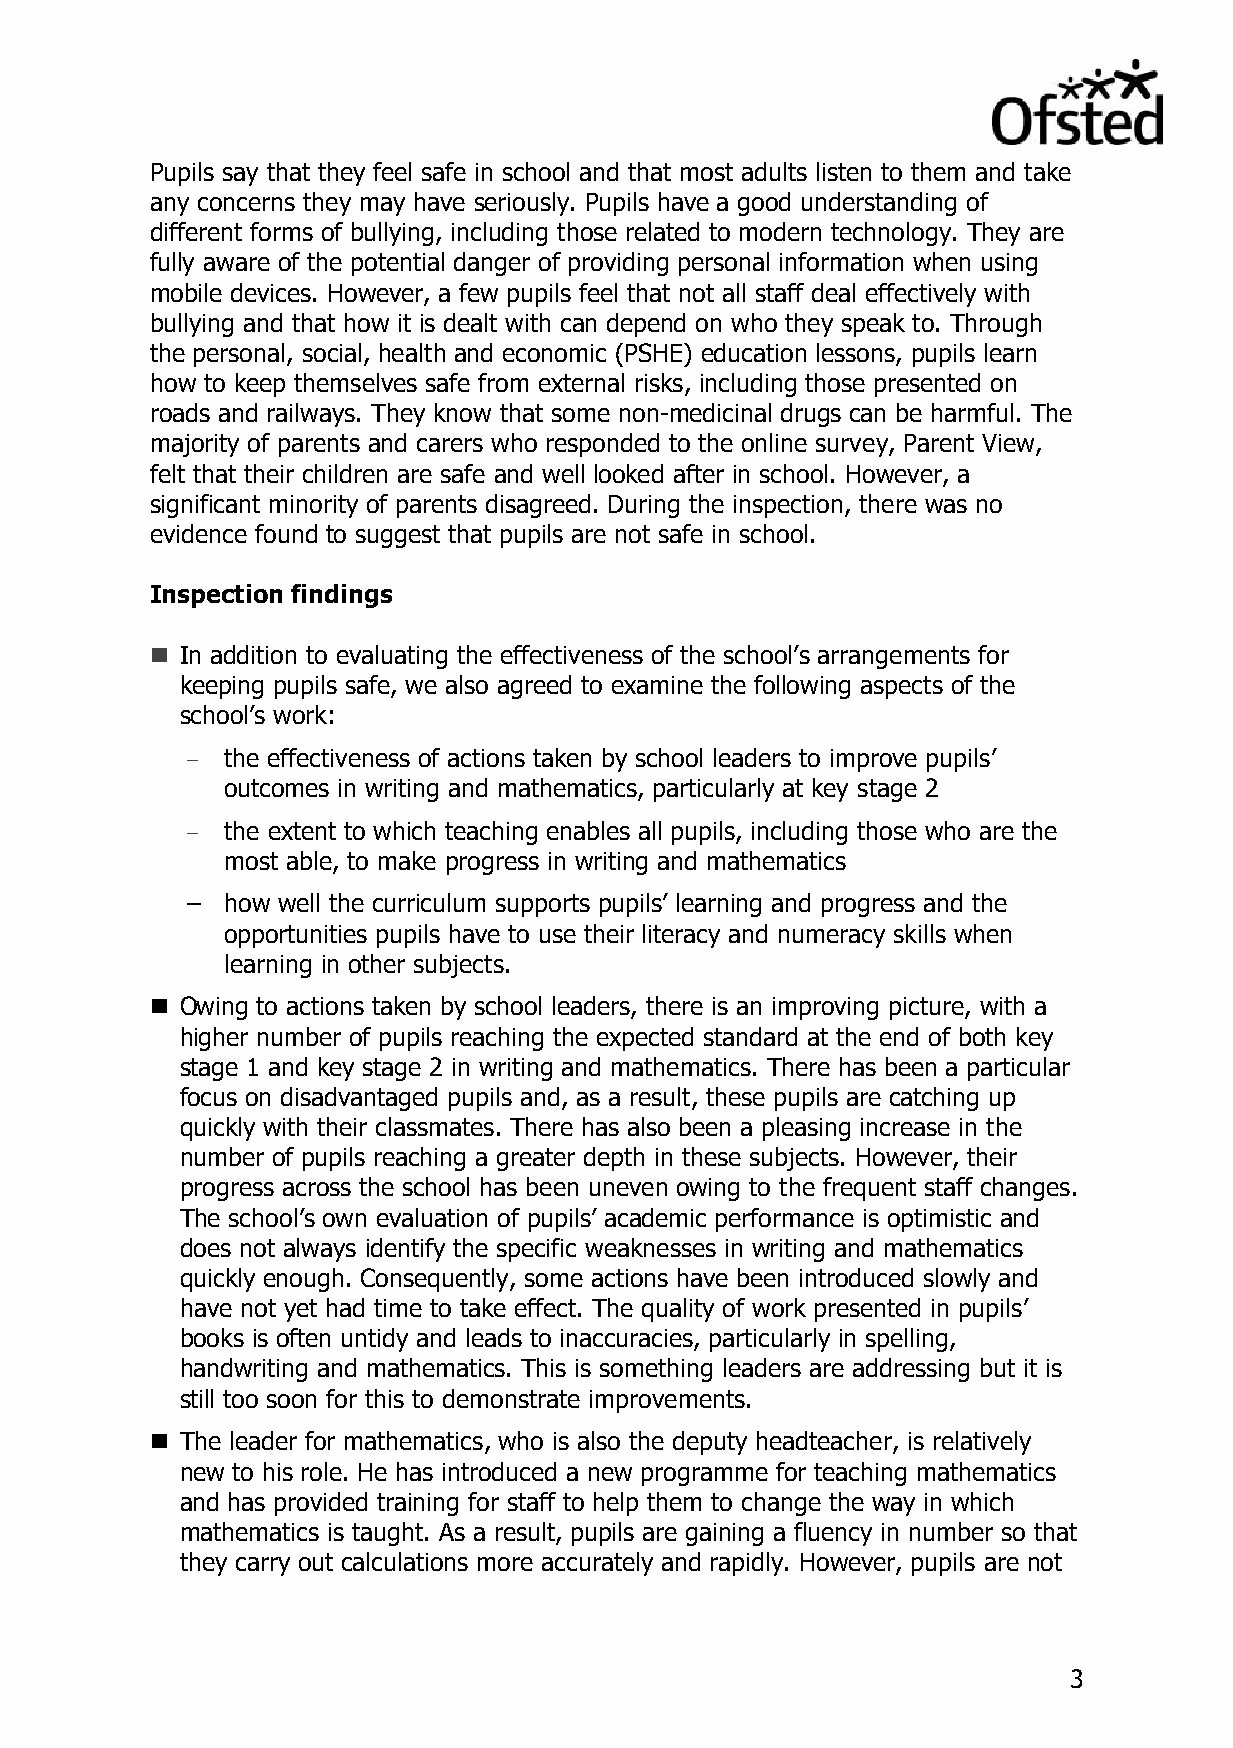
Pupils say that they feel safe in school and that most adults listen to them and take
 any concerns they may have seriously. Pupils have a good understanding of
 different forms of bullying, including those related to modern technology. They are
 fully aware of the potential danger of providing personal information when using
 mobile devices. However, a few pupils feel that not all staff deal effectively with
 bullying and that how it is dealt with can depend on who they speak to. Through
 the personal, social, health and economic (PSHE) education lessons, pupils learn
 how to keep themselves safe from external risks, including those presented on
 roads and railways. They know that some non-medicinal drugs can be harmful. The
 majority of parents and carers who responded to the online survey, Parent View,
 felt that their children are safe and well looked after in school. However, a
 significant minority of parents disagreed. During the inspection, there was no
 evidence found to suggest that pupils are not safe in school.
 Inspection findings
  In addition to evaluating the effectiveness of the school’s arrangements for
 keeping pupils safe, we also agreed to examine the following aspects of the
 school’s work:
 –  the effectiveness of actions taken by school leaders to improve pupils’
 outcomes in writing and mathematics, particularly at key stage 2
 –  the extent to which teaching enables all pupils, including those who are the
 most able, to make progress in writing and mathematics
 –  how well the curriculum supports pupils’ learning and progress and the
 opportunities pupils have to use their literacy and numeracy skills when
 learning in other subjects.
  Owing to actions taken by school leaders, there is an improving picture, with a
 higher number of pupils reaching the expected standard at the end of both key
 stage 1 and key stage 2 in writing and mathematics. There has been a particular
 focus on disadvantaged pupils and, as a result, these pupils are catching up
 quickly with their classmates. There has also been a pleasing increase in the
 number of pupils reaching a greater depth in these subjects. However, their
 progress across the school has been uneven owing to the frequent staff changes.
 The school’s own evaluation of pupils’ academic performance is optimistic and
 does not always identify the specific weaknesses in writing and mathematics
 quickly enough. Consequently, some actions have been introduced slowly and
 have not yet had time to take effect. The quality of work presented in pupils’
 books is often untidy and leads to inaccuracies, particularly in spelling,
 handwriting and mathematics. This is something leaders are addressing but it is
 still too soon for this to demonstrate improvements.
  The leader for mathematics, who is also the deputy headteacher, is relatively
 new to his role. He has introduced a new programme for teaching mathematics
 and has provided training for staff to help them to change the way in which
 mathematics is taught. As a result, pupils are gaining a fluency in number so that
 they carry out calculations more accurately and rapidly. However, pupils are not
 3